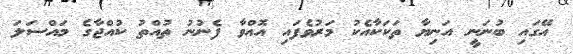
އޭގައި ބުނަނީ އަނިޔާ ތަކަކާއެކު މަރުވެފައި އޮއްވާ ފެނުނު ތުއްތު ކުއްޖާގެ މައްސަލަ